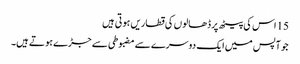
15 اس کی پیٹھ پر ڈھالو ں کی قطاریں ہو تی ہیں
جو آپس میں ایک دوسرے سے مضبوطی سے جڑے ہو تے ہیں۔